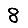
Digit: 8